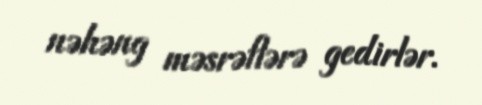
nəhəng məsrəflərə gedirlər.